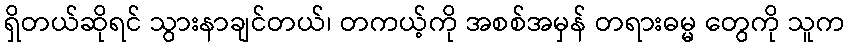
ရှိတယ်ဆိုရင် သွားနာချင်တယ်၊ တကယ့်ကို အစစ်အမှန် တရားဓမ္မ တွေကို သူက